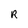
Character: R